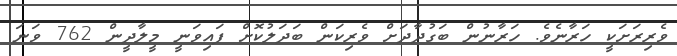
ވެރިރަށަކީ ހަރާނެވެ. ހަރާނުން ބަގުދާދަށް ވެރިކަން ބަދަލުކޮށް ފައިވަނީ މީލާދީން 762 ވަނަ